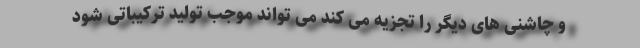
و چاشنی های دیگر را تجزیه می کند می تواند موجب تولید ترکیباتی شود